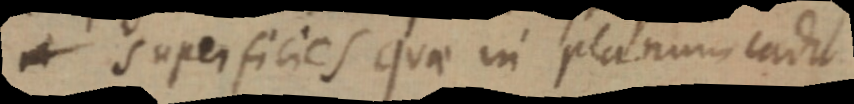
superficies quae in planum eadit